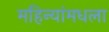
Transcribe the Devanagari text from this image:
महिन्यांमधला